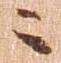
ニ